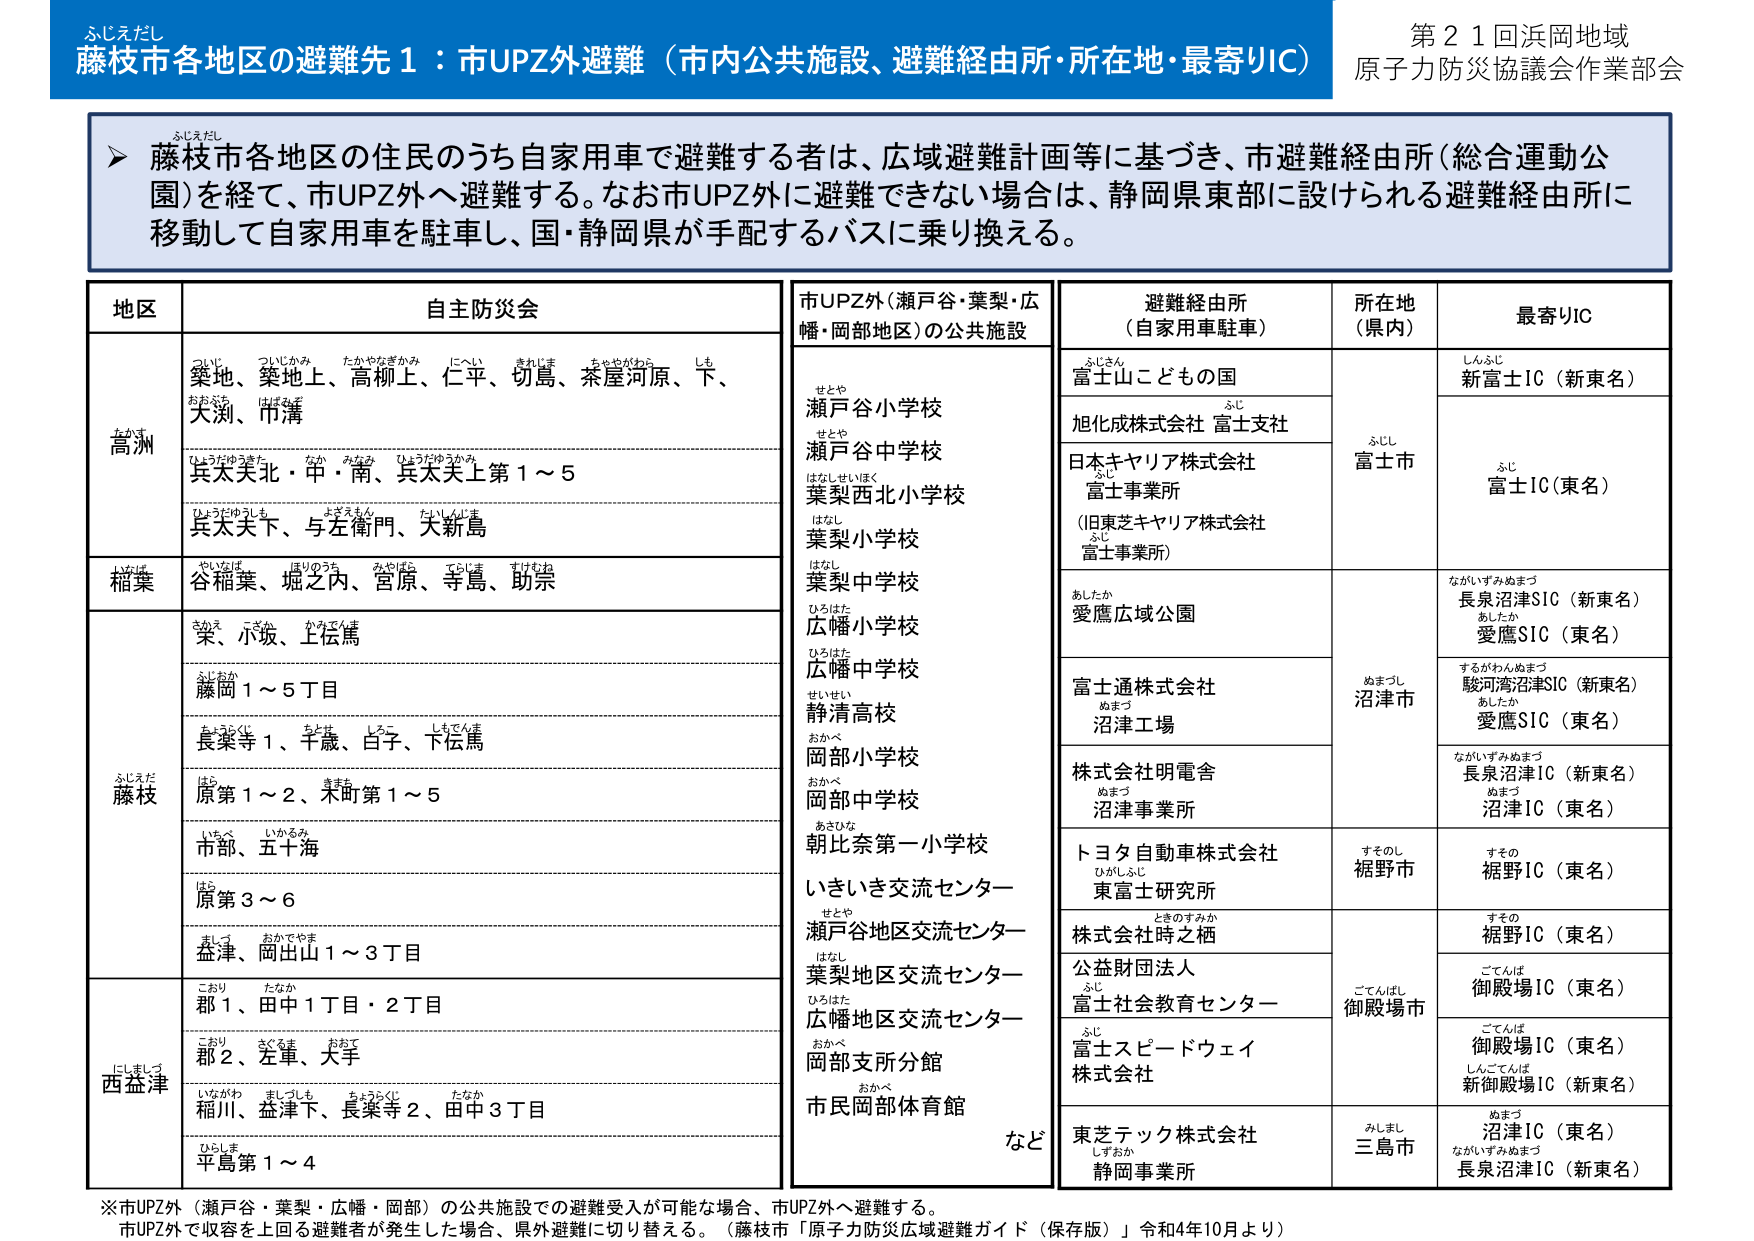
ふじえだし
藤枝市各地区の避難先１：市UPZ外避難（市内公共施設、避難経由所・所在地・最寄りIC）
第21回浜岡地域
原子力防災協議会作業部会

▶ 藤枝市各地区の住民のうち自家用車で避難する者は、広域避難計画等に基づき、市避難経由所（総合運動公園）を経て、市UPZ外へ避難する。なお市UPZ外に避難できない場合は、静岡県東部に設けられる避難経由所に移動して自家用車を駐車し、国・静岡県が手配するバスに乗り換える。

地区　　自主防災会
高洲　　築地、築地み、高柳上、仁平、切島、茶屋河原、下、大渕、市溝
　　　　兵太美北・甲・南、兵太美上第1～5
　　　　兵太美下、与左衛門、大新島
稲葉　　谷稲葉、堀之内、宮原、寺島、助宗
藤枝　　栄、小坂、上伝馬
　　　　藤岡1～5丁目
　　　　長楽寺1、千歳、白子、下伝馬
　　　　原第1～2、木町第1～5
　　　　市部、五十海
　　　　原第3～6
　　　　益津、岡出山1～3丁目
西益津　郡1、田中1丁目・2丁目
　　　　郡2、左車、大手
　　　　稲川、益津下、長楽寺2、田中3丁目
　　　　平島第1～4

市UPZ外（瀬戸谷・葉梨・広幡・岡部地区）の公共施設
　　　　瀬戸谷小学校
　　　　瀬戸谷中学校
　　　　葉梨西北小学校
　　　　葉梨小学校
　　　　葉梨中学校
　　　　広幡小学校
　　　　広幡中学校
　　　　静清高校
　　　　岡部小学校
　　　　岡部中学校
　　　　朝比奈第一小学校
　　　　いさき交流センター
　　　　瀬戸谷地区交流センター
　　　　葉梨地区交流センター
　　　　広幡地区交流センター
　　　　岡部支所分館
　　　　市民岡部体育館
　　　　など

避難経由所（自家用車駐車）　所在地（県内）　最寄りIC
　　　　富士山こどもの国　　　　ふじし　　　　新富士IC（新東名）
　　　　旭化成株式会社 富士支社　　ふじ　　　　富士IC（東名）
　　　　日本キヤリア株式会社 富士事業所　　ふじ
　　　　（旧東芝キヤリア株式会社 富士事業所）
　　　　愛鷹広域公園　　　　　　あしたか　　　　長泉沼津SIC（新東名）
　　　　　　　　　　　　　　　　　　　　　　愛鷹SIC（東名）
　　　　富士通株式会社 沼津工場　　ぬまづ　　　　駿河湾沼津SIC（新東名）
　　　　　　　　　　　　　　　　　　　　　　愛鷹SIC（東名）
　　　　株式会社明電舎 沼津事業所　　ぬまづ　　　　長泉沼津IC（新東名）
　　　　　　　　　　　　　　　　　　　　　　沼津IC（東名）
　　　　トヨタ自動車株式会社 東富士研究所　　すそのし　　　　裾野IC（東名）
　　　　株式会社時之栖　　　　ときのすみか　　　　裾野IC（東名）
　　　　公益財団法人 富士社会教育センター　　ごてんばし　　　　御殿場IC（東名）
　　　　富士スピードウェイ株式会社　　　　ふじ　　　　御殿場IC（東名）
　　　　　　　　　　　　　　　　　　　　　　新御殿場IC（新東名）
　　　　東芝テック株式会社 静岡事業所　　みしまし　　　　沼津IC（東名）
　　　　　　　　　　　　　　　　　　　　　　長泉沼津IC（新東名）

※市UPZ外（瀬戸谷・葉梨・広幡・岡部）の公共施設での避難受入が可能な場合、市UPZ外へ避難する。
市UPZ外で収容を上回る避難者が発生した場合、県外避難に切り替える。（藤枝市「原子力防災広域避難ガイド（保存版）」令和4年10月より）